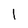
Character: l